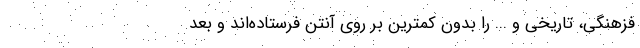
فزهنگی، تاریخی و ... را بدون کمترین بر روی آنتن فرستاده‌اند و بعد